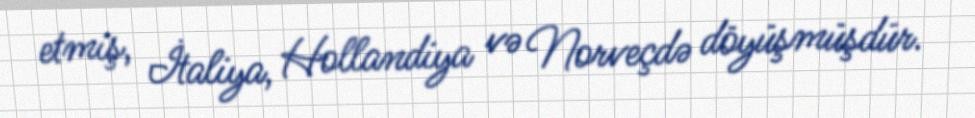
etmiş, İtaliya, Hollandiya və Norveçdə döyüşmüşdür.